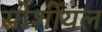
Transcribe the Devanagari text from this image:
सोशीयल